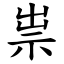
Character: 祟